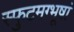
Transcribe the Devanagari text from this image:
स्फुटमग्भूषां